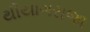
થીયાગરાજા